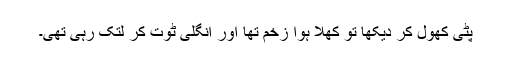
پٹی کھول کر دیکھا تو کھلا ہوا زخم تھا اور انگلی ٹوت کر لتک رہی تھی۔